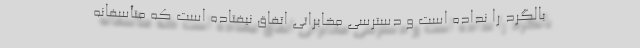
بالگرد را نداده است و دسترسی مخابراتی اتفاق نیفتاده است که متأسفانه